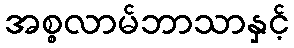
အစ္စလာမ်ဘာသာနှင့်